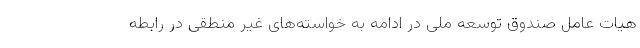
هیات عامل صندوق توسعه ملی در ادامه به خواسته‌های غیر منطقی در رابطه